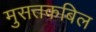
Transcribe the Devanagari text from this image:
मुसतकबिल